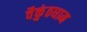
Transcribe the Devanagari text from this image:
वैकुंठधाम